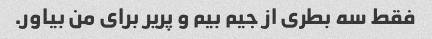
فقط سه بطری از جیم بیم و پریر برای من بیاور.